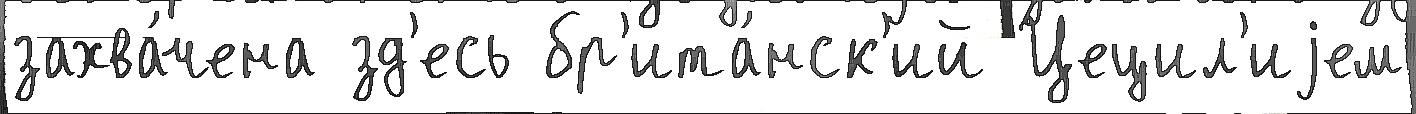
захва́чена зд'есь бр'ита́нск'ий Цецил'иjем